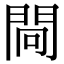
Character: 𨴀